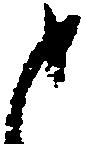
と